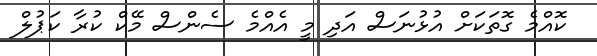
ކޮއްމެ ގޮތަކަށް އުޅުނަސް އަދި މީ އެއްމެ ސެންސް މޭކް ކުރާ ކަޕުލް